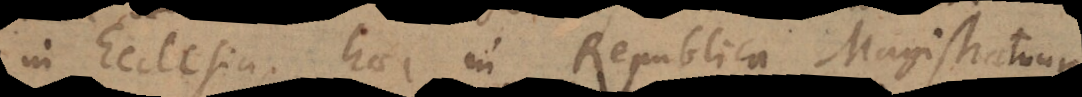
in Ecclesia, haec in Republica Magist